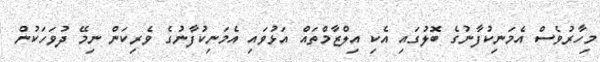
މިހާރުވެސް އެމަނިކުފާނުގެ ބޮލުގައި އެކި އިލްޒާމްތައް އަޅުވައި އެމަނިކުފާނުގެ ވެރިކަން ނިމޭ ދުވަހަކުން